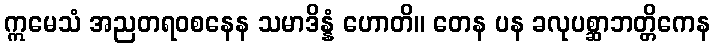
ဣမေသံ အညတရဝစနေန သမာဒိန္နံ ဟောတိ။ တေန ပန ခလုပစ္ဆာဘတ္တိကေန